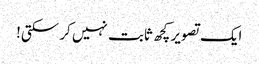
ایک تصویر کچھ ثابت نہیں کر سکتی!